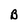
Character: B